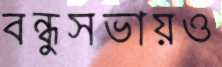
বন্ধুসভায়ও